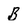
Character: B